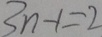
3 n - 1 = 2